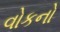
વોકનો